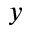
\boldsymbol { y }